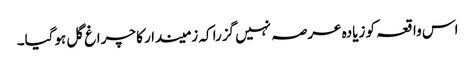
اس واقعہ کو زیادہ عرصہ نہیں گزرا کہ زمیندا ر کا چراغ گل ہوگیا۔